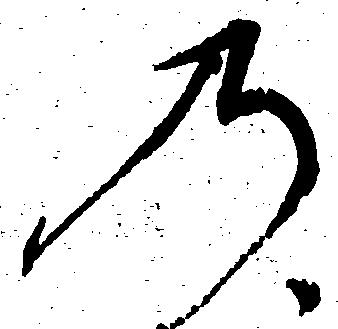
の